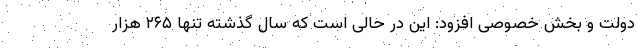
دولت و بخش خصوصی افزود: این در حالی است که سال گذشته تنها ۲۶۵ هزار